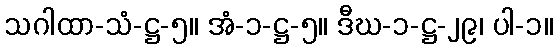
သဂါထာ-သံ-ဋ္ဌ-၅။ အံ-၁-ဋ္ဌ-၅။ ဒီဃ-၁-ဋ္ဌ-၂၉၊ ပါ-၁။